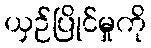
ယှဉ်ပြိုင်မှုကို